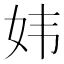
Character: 𫰍